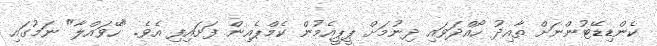
ކެންޑިޑޭޓުންނަށް ތާއިދު ހޯއްދަވައި ދިނުމަށް ޕީޕީއެމުން ކެމްޕެއިން ފަށައިފި އެވެ. "ހޭވައްލާ" ނަމުގައި